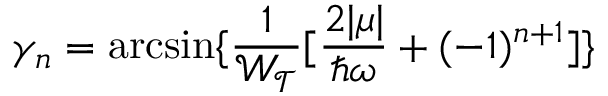
\gamma _ { n } = \arcsin \{ \frac { 1 } { \mathcal { W _ { T } } } [ \frac { 2 | \mu | } { \hbar \omega } + ( - 1 ) ^ { n + 1 } ] \}